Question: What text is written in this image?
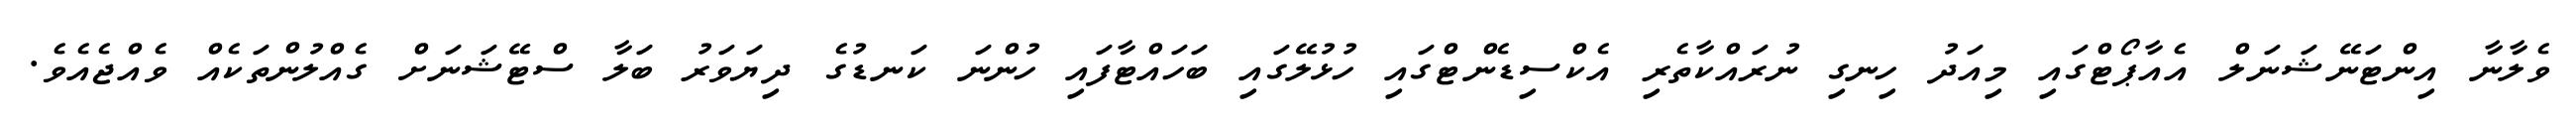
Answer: ވެލާނާ އިންޓަނޭޝަނަލް އެއާޕޯޓްގައި މިއަދު ހިނގި ނުރައްކާތެރި އެކްސިޑެންޓްގައި ހުޅުލޭގައި ބަހައްޓާފައި ހުންނަ ކަނޑުގެ ދިޔަވަރު ބަލާ ސްޓޭޝަނަށް ގެއްލުންތަކެއް ވެއްޖެއެވެ.